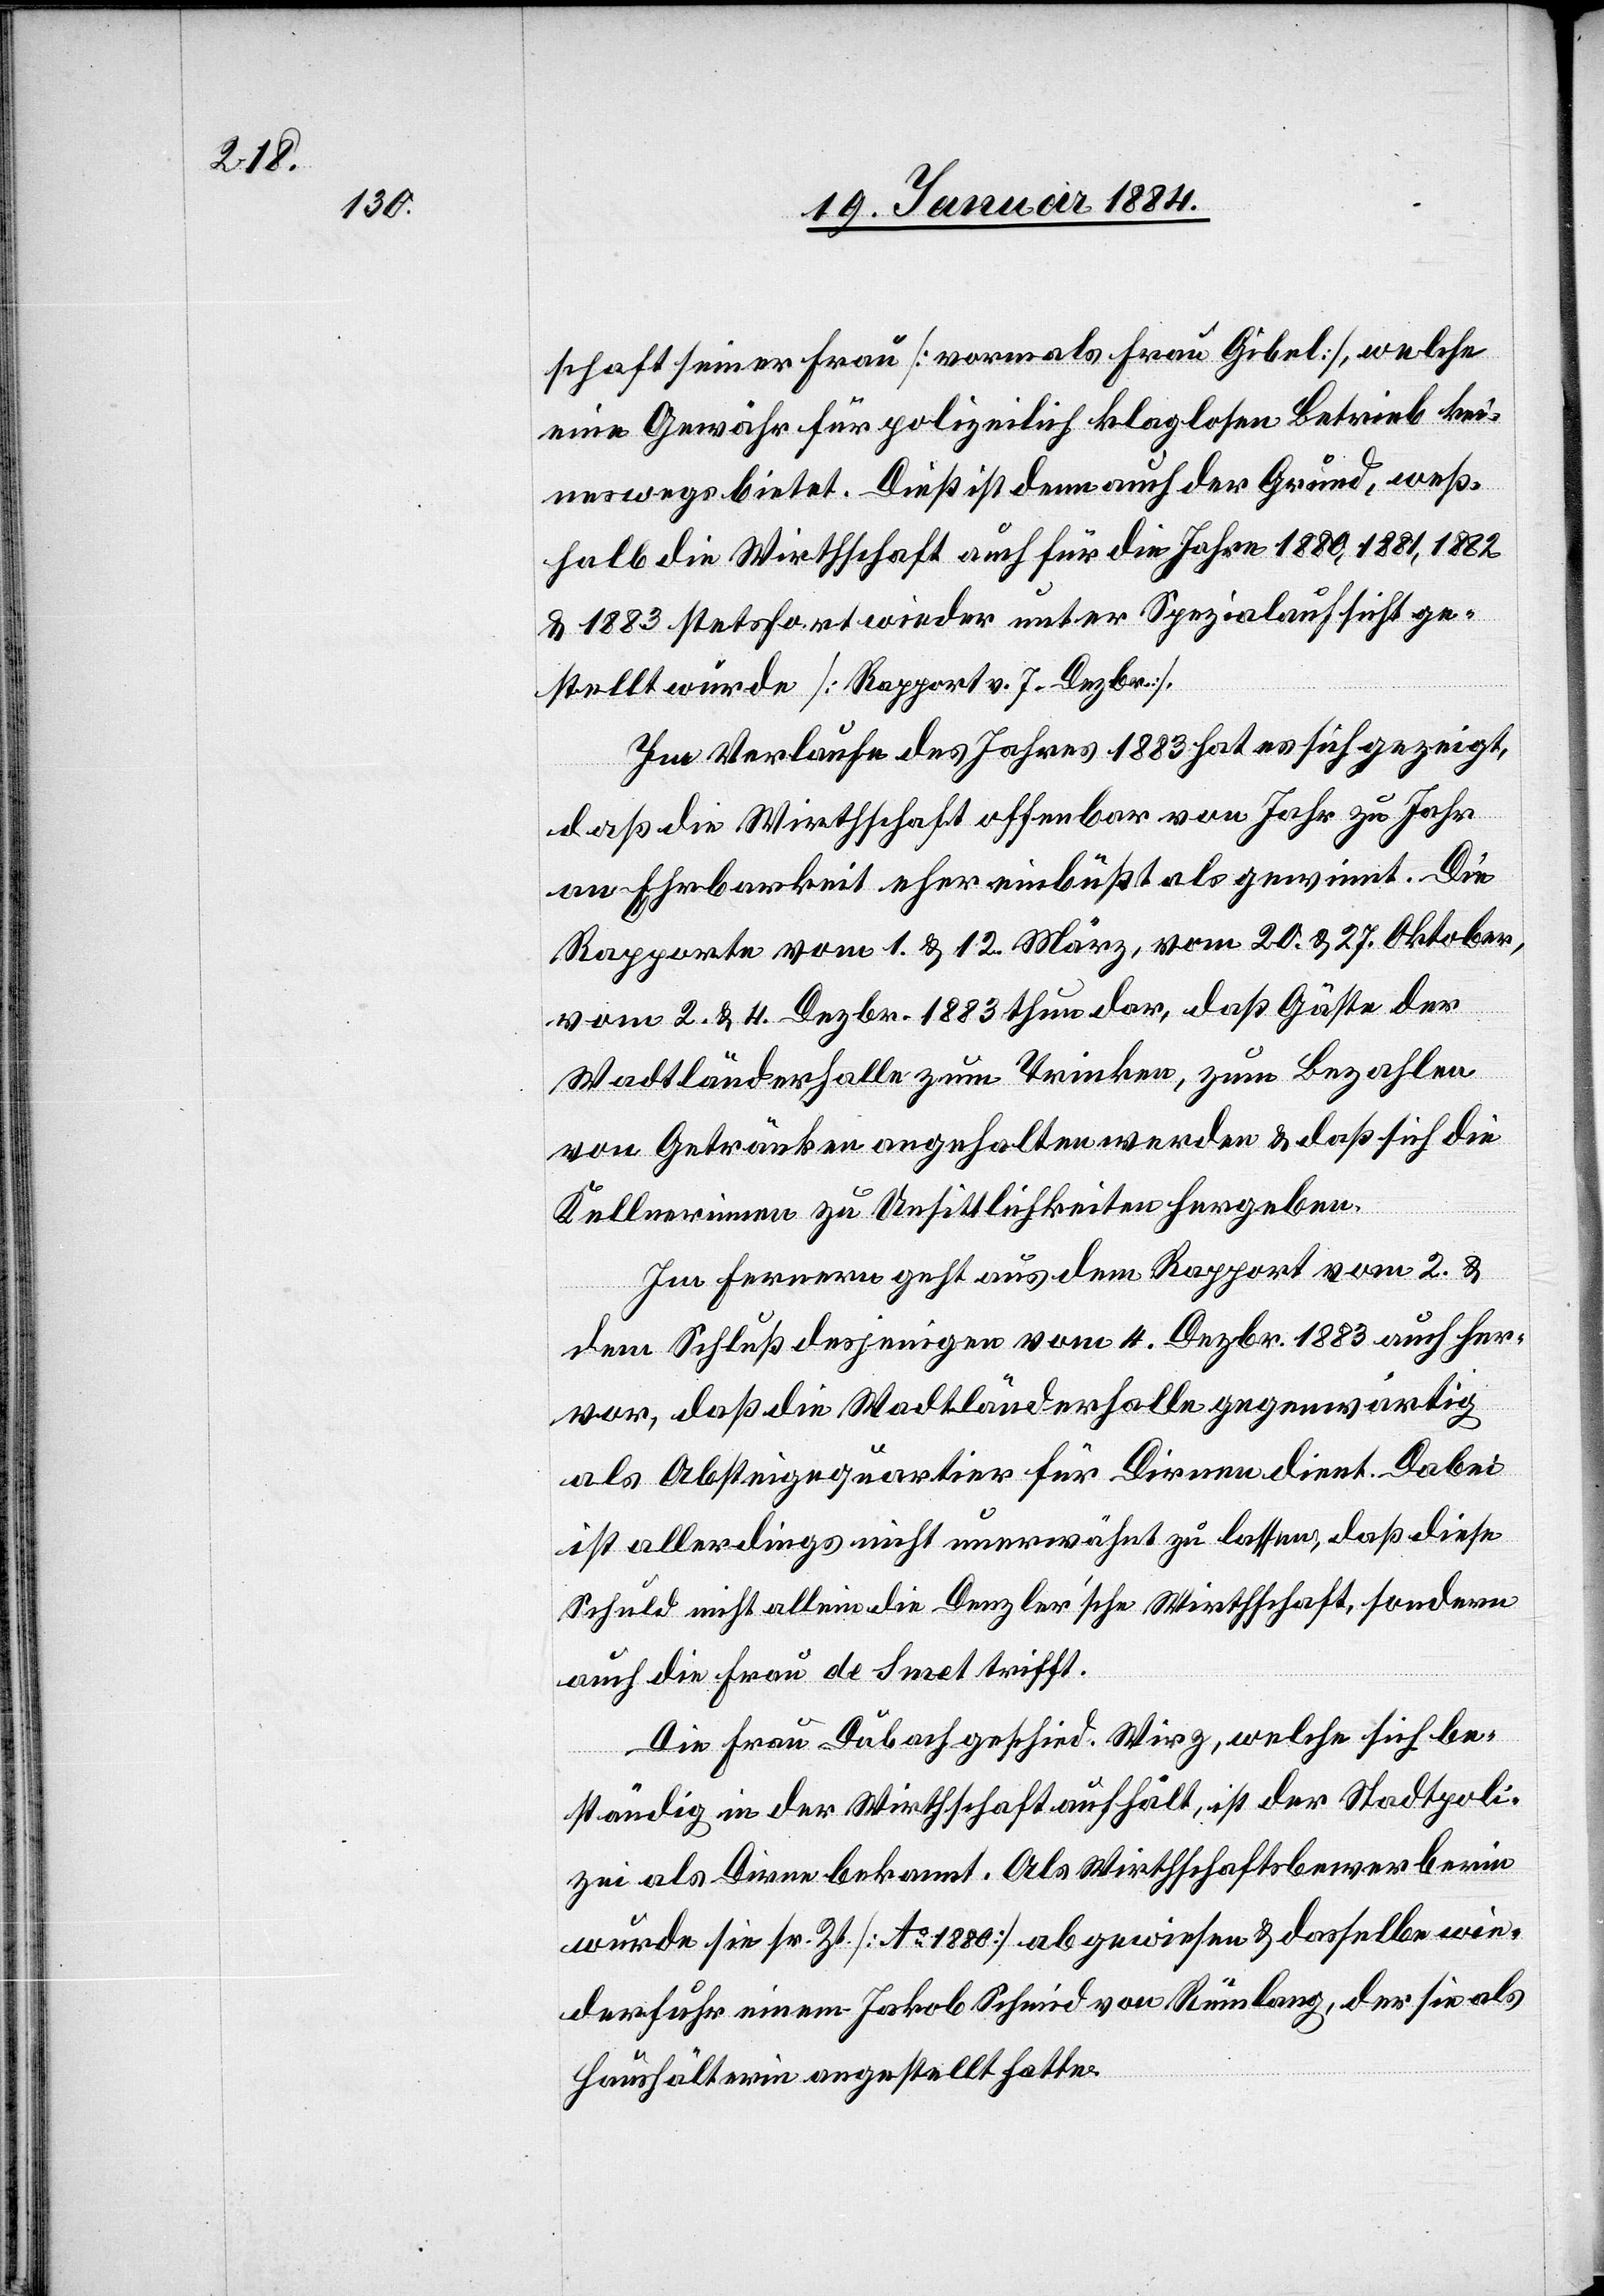
schaft seiner Frau [vormals Frau Gibel], welche
eine Gewähr für polizeilich klaglosen Betrieb kei¬
neswegs bietet. Dieß ist denn auch der Grund, weß¬
halb die Wirtschaft auch für die Jahre 1880, 1881, 1882
& 1883 stetsfort wieder unter Spezialaufsicht ge¬
stellt wurde [Rapport v. 7. Dezbr.].
Im Verlaufe des Jahres 1883 hat sich gezeigt,
sich be¬
daß die Wirtschaft offenbar von Jahr zu Jahr
an Ehrbarkeit eher einbüßt als gewinnt. Die
Rapporte vom 1. & 12. März, vom 20. & 27. Oktober,
vom 2. & 4. Dezbr. 1883 thun dar, daß Gäste der
Wadtländerhalle zum Trinken, zum Bezahlen
von Getränken angehalten werden & daß sich die
Kellnerinnen zu Unsittlichkeiten hergeben.
Im Ferneren geht aus dem Rapport vom 2. &
dem Schluß desjenigen vom 4. Dezbr. 1883 auch her¬
vor, daß die Wadtländerhalle gegenwärtig
als Absteigequartier für Dirnen dient. Dabei
ist allerdings nicht unerwähnt zu lassen, daß diese
Schuld nicht allein die Denzler’sche Wirthschaft, sondern
auch die Frau de Smet trifft.
ständig in der Wirthschaft aufhält, ist der Stadtpoli¬
zei als Dirne bekannt. Als Wirtschaftsbewerberin
wurde sie sr. Zt. [Ao. 1880] abgewiesen & dasselbe wie¬
derfuhr einem Jakob Schmid von Rümlang, der sie als
Haushälterin angestellt hatte.